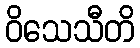
ဝိသေသီတိ